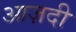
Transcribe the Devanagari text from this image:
आज़दी